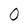
Character: 0